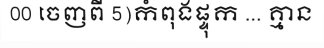
00 ចេញពី 5)កំពុងផ្ទុក ... គ្មាន